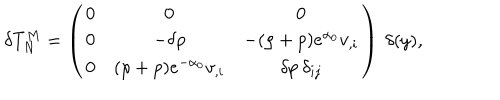
\delta T _ { N } ^ { M } = \left( \begin{array} { c c c } { { 0 } } & { { 0 } } & { { 0 } } \\ { { 0 } } & { { - \delta \rho } } & { { - ( \rho + p ) e ^ { \alpha _ { 0 } } v _ { , i } } } \\ { { 0 } } & { { ( \rho + p ) e ^ { - \alpha _ { 0 } } v _ { , i } } } & { { \delta p \: \delta _ { i j } } } \\ \end{array} \right) \: \delta ( y ) ,